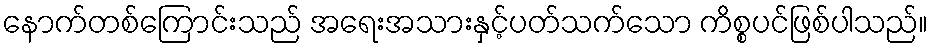
နောက်တစ်ကြောင်းသည် အရေးအသားနှင့်ပတ်သက်သော ကိစ္စပင်ဖြစ်ပါသည်။